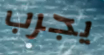
يجرب